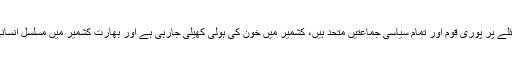
وزیر خارجہ نے کہا کشمیر کے مسئلے پر پوری قوم اور تمام سیاسی جماعتیں متحد ہیں، کشمیر میں خون کی ہولی کھیلی جارہی ہے اور بھارت کشمیر میں مسلسل انسانی حقوق کی خلاف ورزی کررہا ہے۔